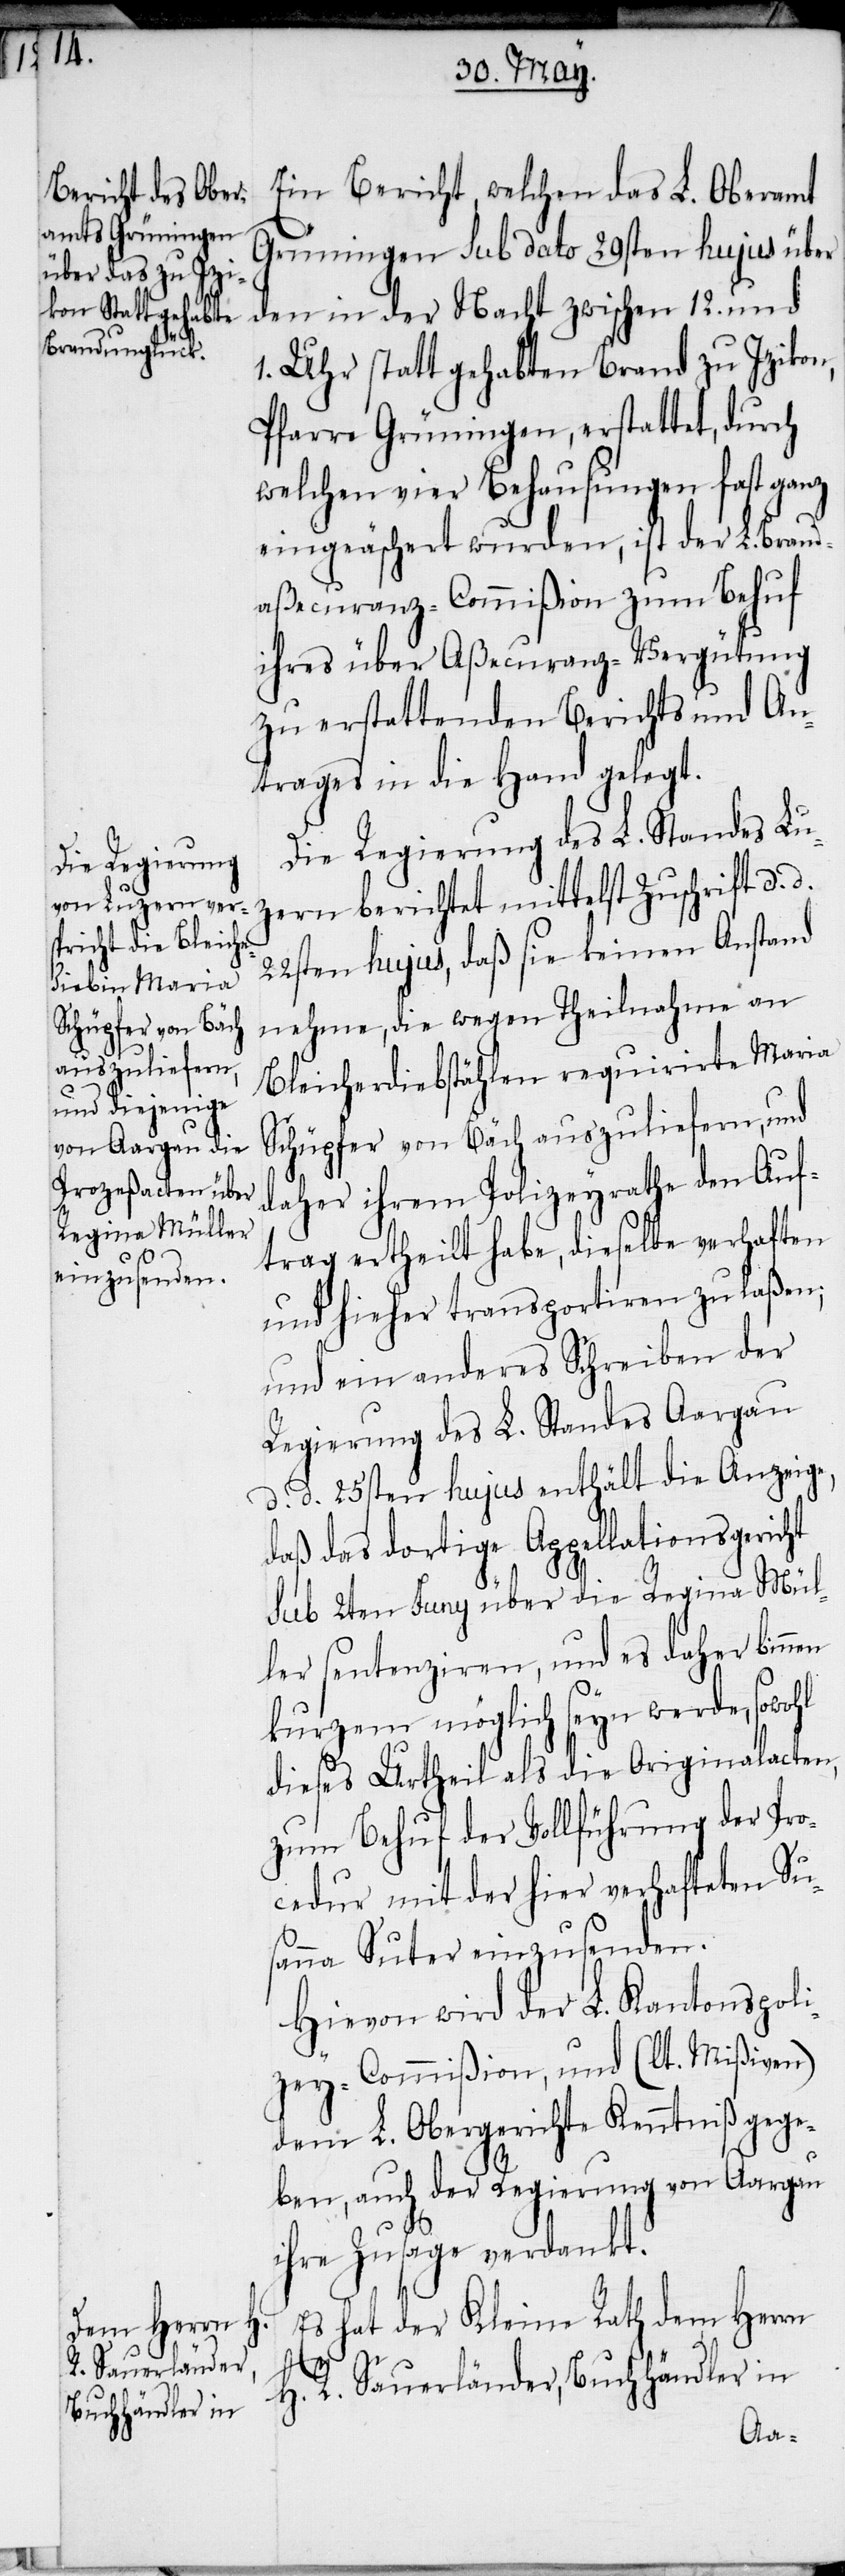
Ein Bericht, welchen das L. Oberamt
Grüningen sub dato 29sten hujus über
den in der Nacht zwischen 12. und
1. Uhr statt gehabten Brand zu Izikon,
Pfarre Grüningen, erstattet, durch
welchen vier Behausungen fast ganz
eingeäschert wurden, ist der L. Brand¬
aßecuranz-Commißion zum Behuf
ihres über Aßecuranz-Vergütung
zu erstattenden Berichts und An¬
trages in die Hand gelegt.
Die Regierung des L. Standes Lu¬
zern berichtet mittelst Zuschrift d. d.
22sten hujus, daß sie keinen Anstand
nehme, die wegen Theilnahme an
Bleicherdiebstählen requirirte Maria
Schüpfer von Bäch auszuliefern, und
daher ihrem Polizeyrathe den Auf¬
trag ertheilt habe, dieselbe verhaften
und hieher transportiren zu laßen;
und ein anderes Schreiben der
Regierung des L. Standes Aargau
d. d. 25sten hujus enthält die Anzeige,
daß das dortige Appellationsgericht
sub 2ten Juny über die Regina Mül¬
ler sentenziren, und es daher binnen
kurzem möglich seyn werde, sowohl
dieses Urtheil als die Originalacten,
zum Behuf der Vollführung der Pro¬
cedur mit der hier verhafteten Su¬
sanna Suter einzusenden.
Hievon wird der L. Kantonspoli¬
zey-Commißion, und (lt. Mißiven)
dem L. Obergerichte Kenntniß gege¬
ben, auch der Regierung von Aargau
ihre Zusage verdankt.
Es hat der Kleine Rath dem Herrn
H. R. Sauerländer, Buchhändler in